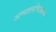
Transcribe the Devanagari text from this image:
अप्पालचिआन्स